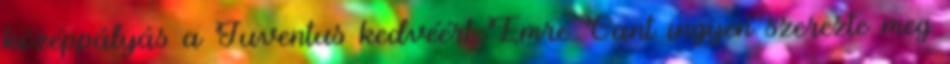
középpályás a Juventus kedvéért Emre Cant ingyen szerezte meg